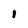
Character: I